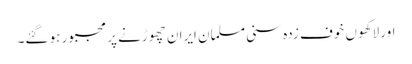
اور لاکھوں خوف زدہ سنی مسلمان ایران چھوڑنے پر مجبور ہو گئے۔